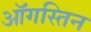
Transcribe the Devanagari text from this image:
ऑगस्तिन